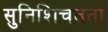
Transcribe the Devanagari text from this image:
सुनिशिचतता